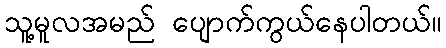
သူ့မူလအမည် ပျောက်ကွယ်နေပါတယ်။